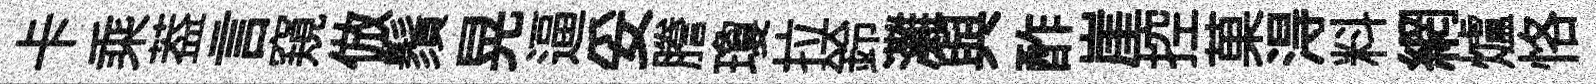
卡乘葢言窺倣鬚晃逼妥謄瓊拉鈴灘與酢崖控菓淂料網爐恪